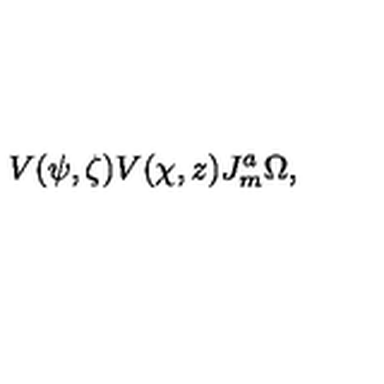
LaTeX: V ( \psi , \zeta ) V ( \chi , z ) J _ { m } ^ { a } \Omega ,